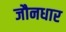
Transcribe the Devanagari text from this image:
जौनधार